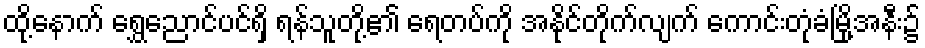
ထို့နောက် ရွှေညောင်ပင်ရှိ ရန်သူတို့၏ ရေတပ်ကို အနိုင်တိုက်လျက် ကောင်းတုံခံမြို့အနီး၌